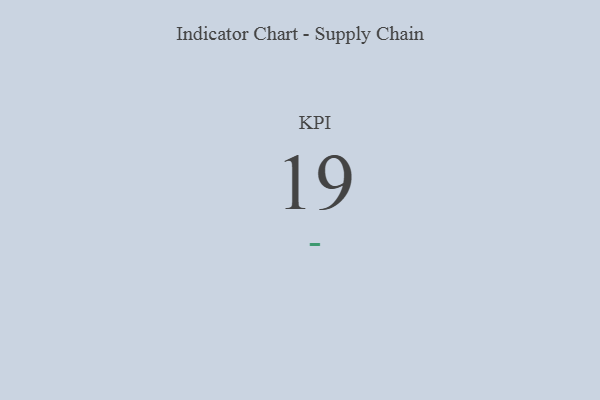
{"axis": {"x": "KPI", "y": "Value"}, "legend": [""], "data": [{"x": "KPI", "y": 19, "type": ""}]}